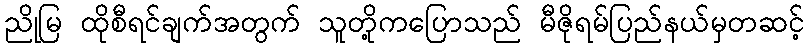
ညိုမြ ထိုစီရင်ချက်အတွက် သူတို့ကပြောသည် မီဇိုရမ်ပြည်နယ်မှတဆင့်